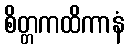
စိတ္တကထိကာနံ